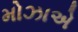
મોઝાએ